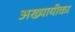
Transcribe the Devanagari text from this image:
अख्यायीका